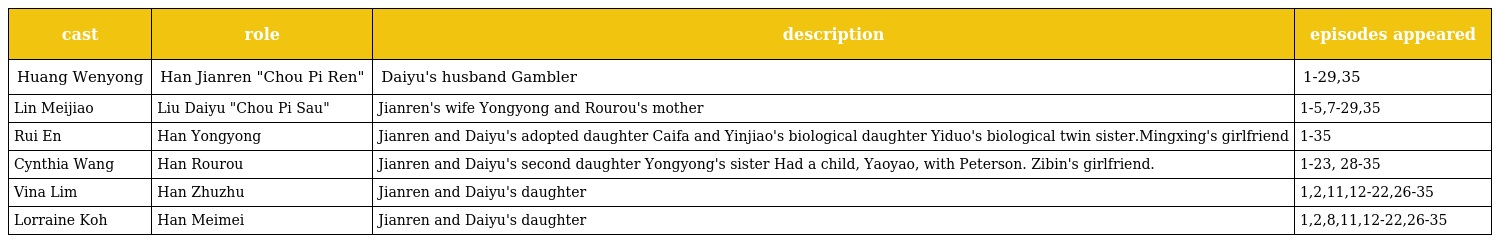
| cast | role | description | episodes appeared |
 | --- | --- | --- | --- |
 | Huang Wenyong | Han Jianren "Chou Pi Ren" | Daiyu's husband Gambler | 1-29,35 |
 | Lin Meijiao | Liu Daiyu "Chou Pi Sau" | Jianren's wife Yongyong and Rourou's mother | 1-5,7-29,35 |
 | Rui En | Han Yongyong | Jianren and Daiyu's adopted daughter Caifa and Yinjiao's biological daughter Yiduo's biological twin sister.Mingxing's girlfriend | 1-35 |
 | Cynthia Wang | Han Rourou | Jianren and Daiyu's second daughter Yongyong's sister Had a child, Yaoyao, with Peterson. Zibin's girlfriend. | 1-23, 28-35 |
 | Vina Lim | Han Zhuzhu | Jianren and Daiyu's daughter | 1,2,11,12-22,26-35 |
 | Lorraine Koh | Han Meimei | Jianren and Daiyu's daughter | 1,2,8,11,12-22,26-35 |